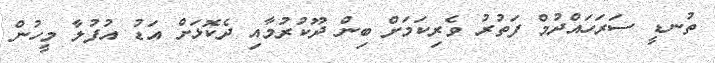
ތުނޑީ ސަރަހައްދުމް ފަތުރު ވެރިކަމަށް ބިން ދޫކުރުމާއި ދެކޮޅަށް އަޑު އުފުލާ މީހުން